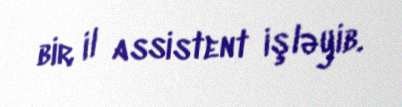
bir il assistent işləyib.